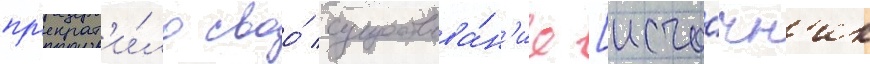
пр'екрат'и́ло своо́ существова́н'ие [исто́чн'ик